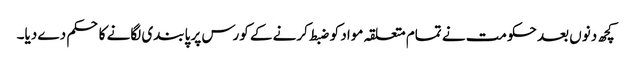
کچھ دنوں بعد حکومت نے تمام متعلقہ مواد کو ضبط کرنے کے کورس پر پابندی لگانے کا حکم دے دیا۔